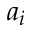
a _ { i }